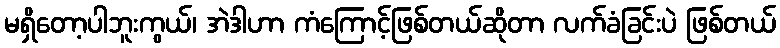
မရှိတော့ပါဘူးကွယ်၊ အဲဒါဟာ ကံကြောင့်ဖြစ်တယ်ဆိုတာ လက်ခံခြင်းပဲ ဖြစ်တယ်